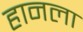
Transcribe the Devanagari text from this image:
हानला